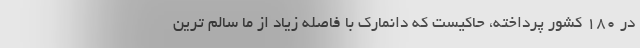
در ۱۸۰ کشور پرداخته، حاکیست که دانمارک با فاصله زیاد از ما سالم ترین